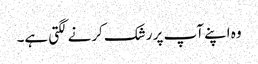
وہ اپنے آپ پر رشک کرنے لگتی ہے۔